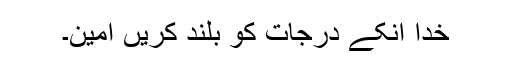
خدا انکے درجات کو بلند کریں آمین۔